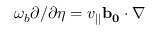
\omega _ { b } \partial / \partial \eta = v _ { | | } \mathbf { b _ { 0 } } \cdot \nabla